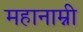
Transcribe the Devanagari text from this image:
महानाम्नी